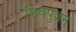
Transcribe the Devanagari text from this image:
शिवपुजन